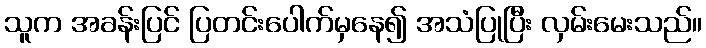
သူက အခန်းပြင် ပြတင်းပေါက်မှနေ၍ အသံပြုပြီး လှမ်းမေးသည်။